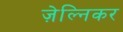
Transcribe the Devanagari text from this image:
ज़ेल्निकर